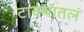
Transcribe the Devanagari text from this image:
टाक्यातलं